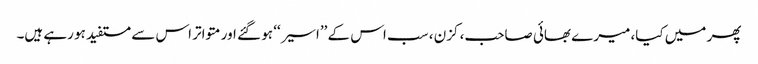
پھر میں کیا، میرے بھائی صاحب، کزن ، سب اس کے ’’اسیر‘‘ ہو گئے اور متواتر اس سے مستفید ہو رہے ہیں۔